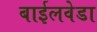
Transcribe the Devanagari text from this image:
बाईलवेडा